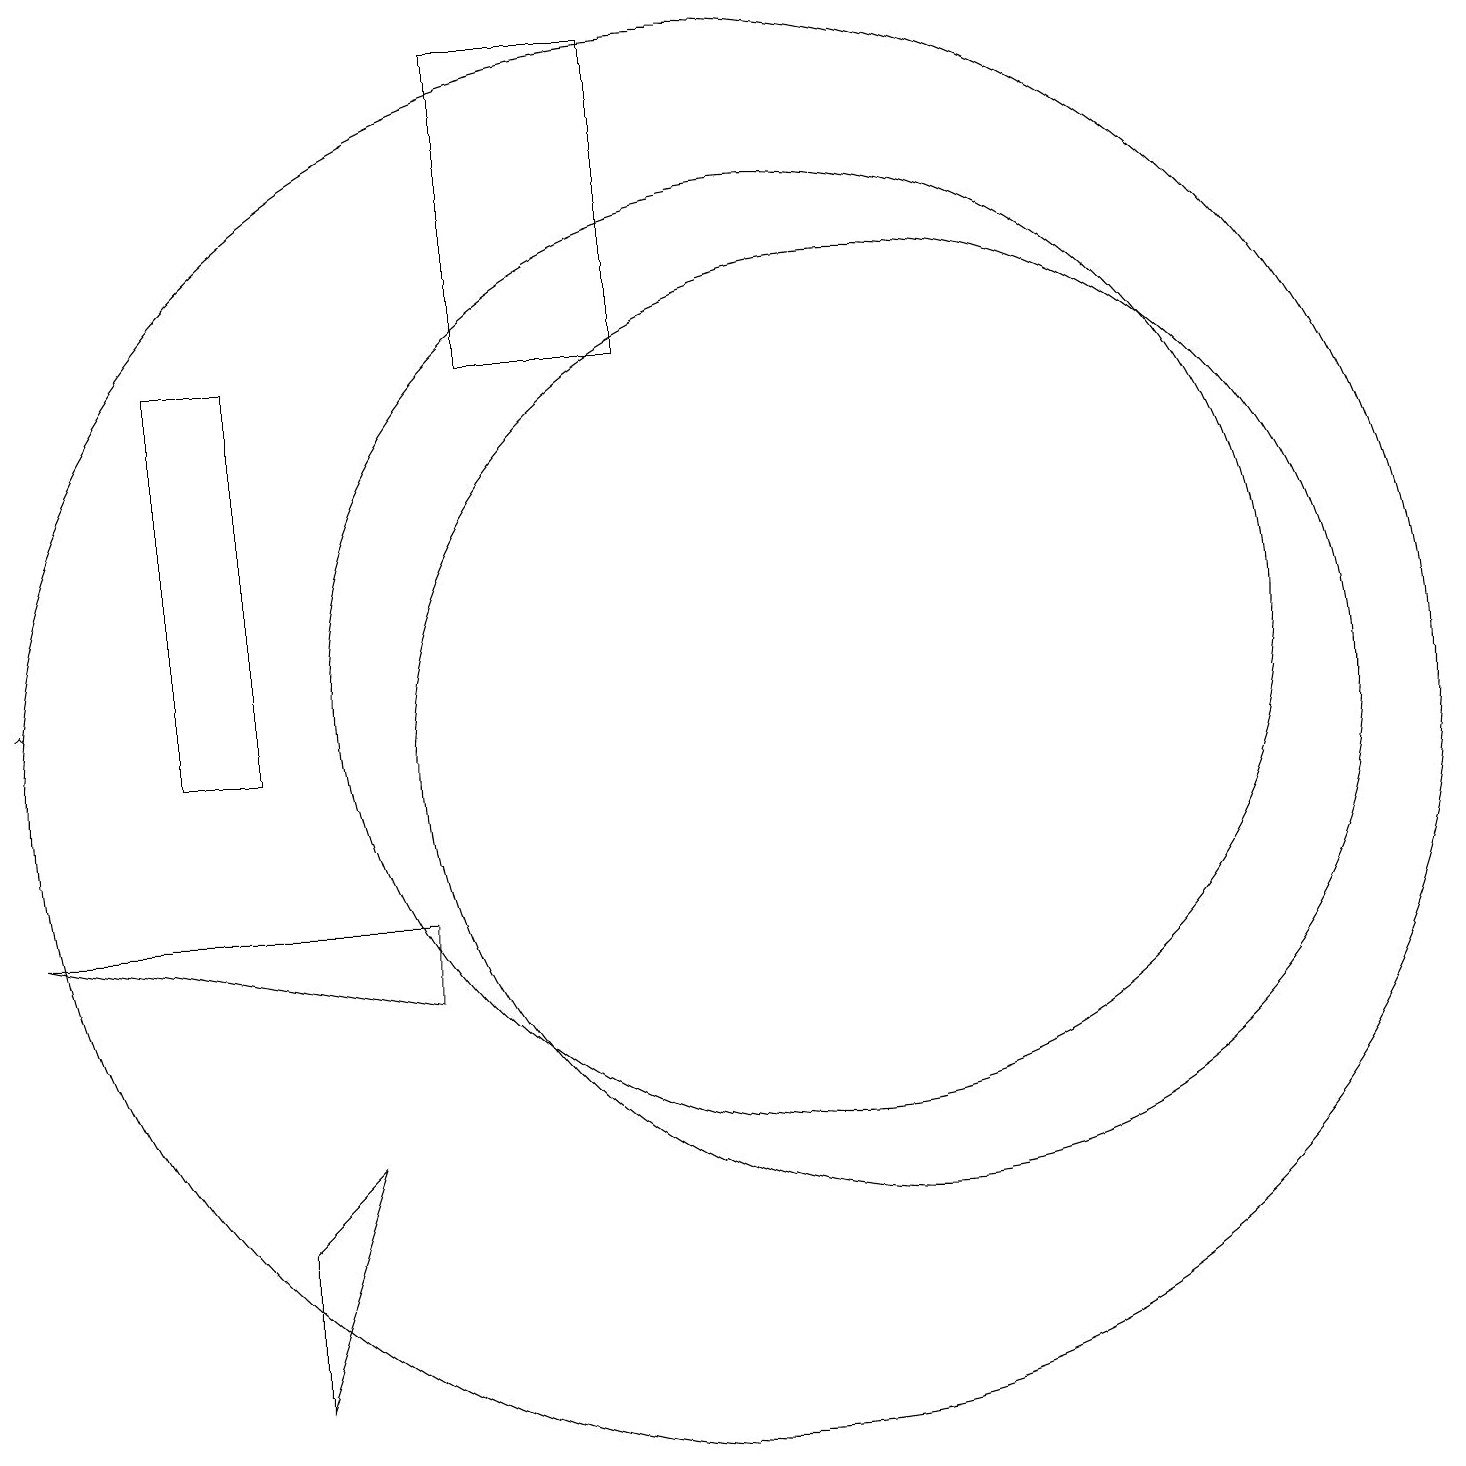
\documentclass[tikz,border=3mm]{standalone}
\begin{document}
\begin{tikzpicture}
\draw (10,10) circle (9);
\draw (3,10) rectangle (4,15);
\draw (5,5) -- (4,2) -- (4,4) -- cycle;
\draw[->] (1,11) -- (1,11);
\draw (12,10) circle (6);
\draw (11,11) circle (6);
\draw (9,15) rectangle (7,19);
\draw (1,8) -- (6,8) -- (6,7) -- cycle;
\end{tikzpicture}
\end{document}